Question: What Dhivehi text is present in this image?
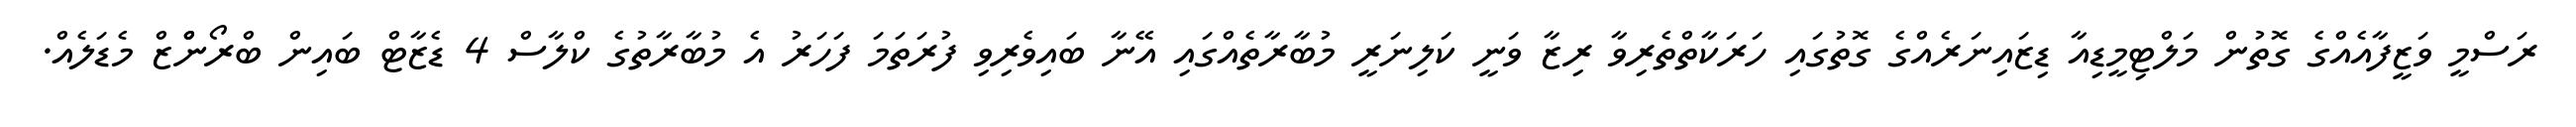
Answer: ރަސްމީ ވަޒީފާއެއްގެ ގޮތުން މަލްޓިމީޑިއާ ޑިޒައިނަރެއްގެ ގޮތުގައި ހަރަކާތްތެރިވާ ރިޒާ ވަނީ ކަލިނަރީ މުބާރާތެއްގައި އޭނާ ބައިވެރިވި ފުރަތަމަ ފަހަރު އެ މުބާރާތުގެ ކްލާސް 4 ޑެޒާޓް ބައިން ބްރޯންްޒް މެޑަލެއް.